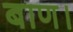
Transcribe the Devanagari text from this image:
बाण।